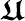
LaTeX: \boldsymbol{\mathfrak{U}}